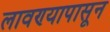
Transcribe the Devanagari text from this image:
लावण्यापासून